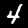
Label: 4